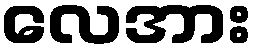
လေအား